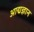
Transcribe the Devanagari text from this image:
आद्यज्ञान